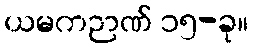
ယမကဉာဏ် ၁၅-ခု။